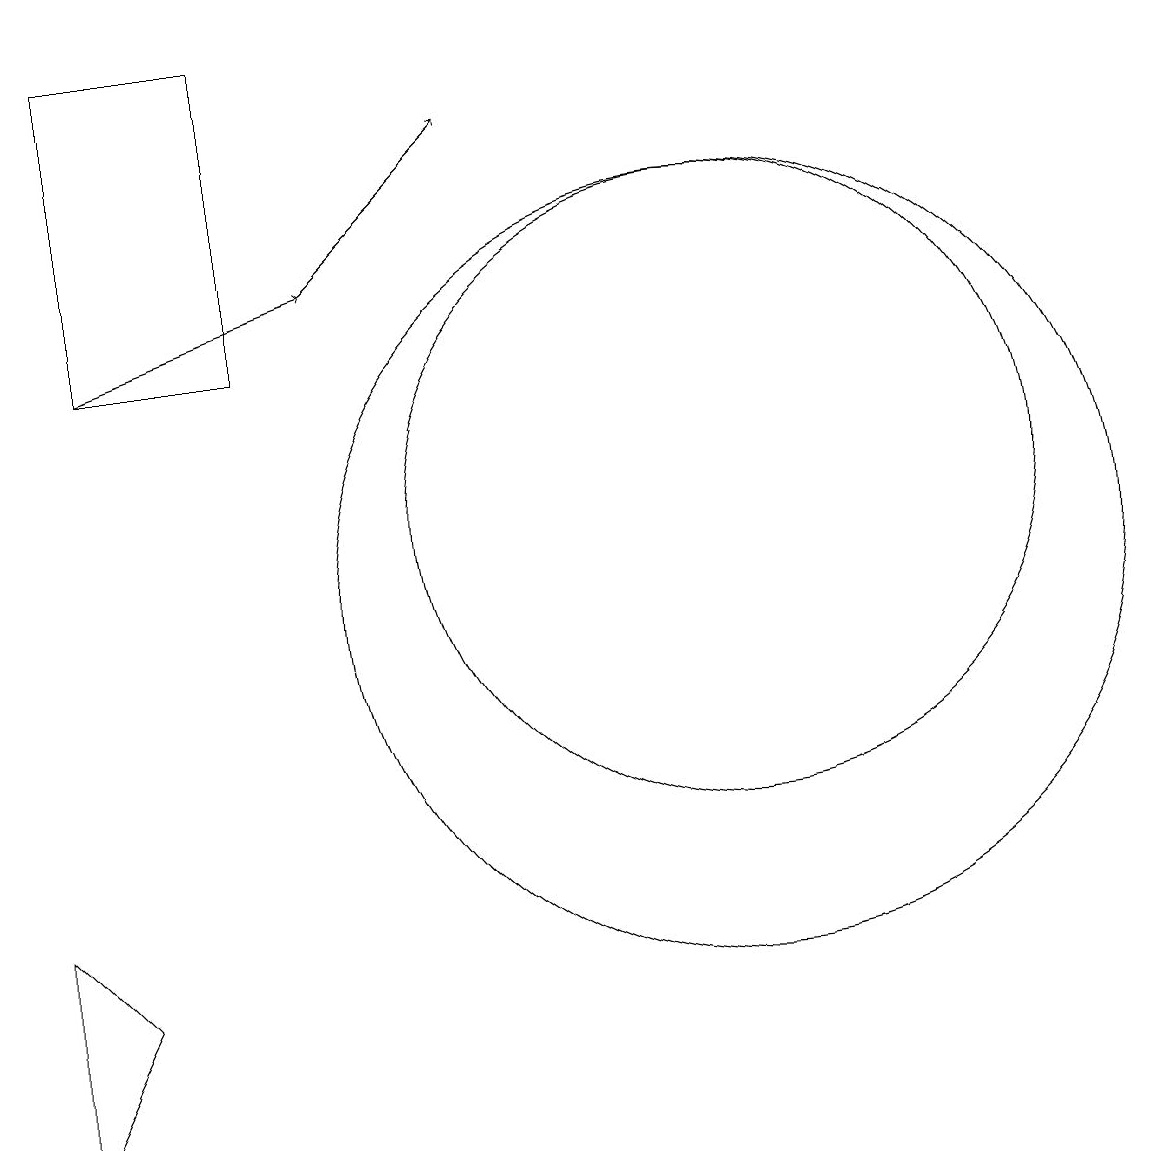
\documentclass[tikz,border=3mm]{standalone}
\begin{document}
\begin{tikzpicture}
\draw (10,10) circle (5);
\draw (10,11) circle (4);
\draw[->] (5,14) -- (7,16);
\draw (1,6) -- (1,3) -- (2,5) -- cycle;
\draw[->] (2,13) -- (5,14);
\draw (2,17) rectangle (4,13);
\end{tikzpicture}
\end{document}